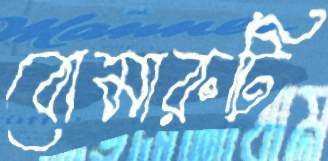
বোমারুটি